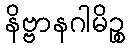
နိဗ္ဗာနဂါမိဉ္စ